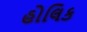
હોલિક